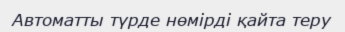
Автоматты түрде нөмірді қайта теру